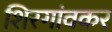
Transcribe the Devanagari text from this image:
शिरगांवकर